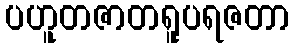
ပဟူတဇာတရူပရဇတာ